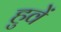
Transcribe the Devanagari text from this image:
हुवें